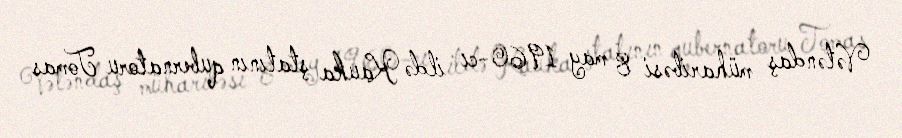
Vətəndaş müharibəsi 8 may 1960-cı ildə Kauka ştatının qubernatoru Tomas